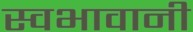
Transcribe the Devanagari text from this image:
स्वभावानी